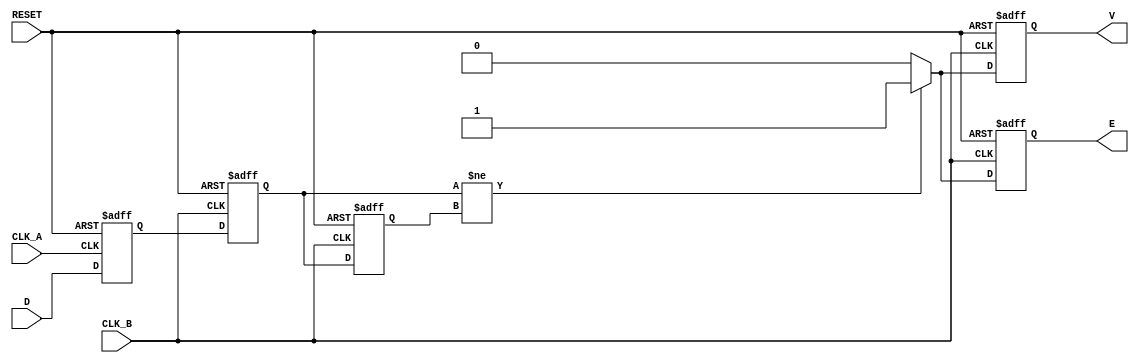
module cdc_detector (
    input wire D,          // Asynchronous data signal
    input wire CLK_A,     // Clock for domain A
    input wire CLK_B,     // Clock for domain B
    input wire RESET,     // Reset signal
    output reg V,         // Valid signal
    output reg E          // Error signal
);

    // Internal signals
    reg D_A;              // Sampled data in domain A
    reg D_B;              // Sampled data in domain B
    reg D_B_prev;         // Previous sampled data in domain B

    // Sampling the data signal in clock domain A
    always @(posedge CLK_A or posedge RESET) begin
        if (RESET) begin
            D_A <= 1'b0;
        end else begin
            D_A <= D; // Capture D on the rising edge of CLK_A
        end
    end

    // Sampling the output of the first flip-flop in clock domain B
    always @(posedge CLK_B or posedge RESET) begin
        if (RESET) begin
            D_B <= 1'b0;
            D_B_prev <= 1'b0;
            V <= 1'b0;
            E <= 1'b0;
        end else begin
            D_B_prev <= D_B; // Store previous value of D_B
            D_B <= D_A;      // Capture D_A on the rising edge of CLK_B

            // Valid signal logic
            if (D_B != D_B_prev) begin
                V <= 1'b1; // Data has changed, mark as valid
            end else begin
                V <= 1'b0; // No change, mark as not valid
            end

            // Error signal logic
            if (D_B != D_B_prev) begin
                E <= 1'b1; // Error detected due to change in sampled value
            end else begin
                E <= 1'b0; // No error
            end
        end
    end

endmodule